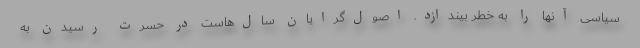
سیاسی آنها را به خطر بیندازد. اصول‌گرایان سال‌هاست در حسرت رسیدن به